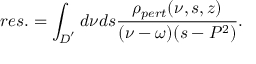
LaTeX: r e s . = \int _ { D ^ { ' } } d \nu d s { \frac { \rho _ { p e r t } ( \nu , s , z ) } { ( \nu - \omega ) ( s - P ^ { 2 } ) } } .